Leaving Certificate, 1900
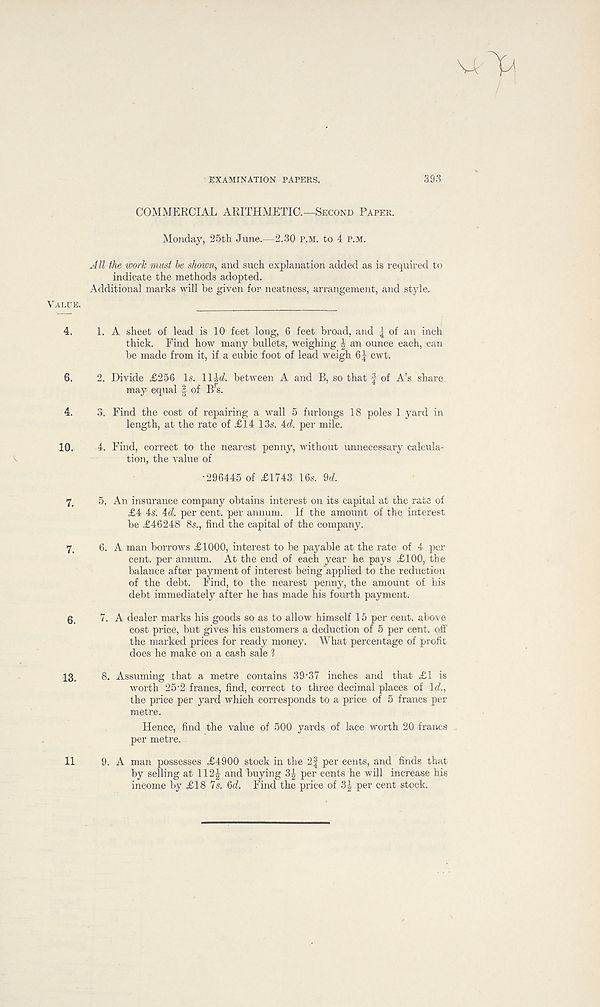
EXAMINATION PAPERS.
39.3
COMMERCIAL ARITHMETIC.—Second Paper.
Monday, 25th June.—2.30 p.m. to 4 P.M.
A ll the work must be shown, and such explanation added as is required to
indicate the methods adopted.
Additional marks will be given for neatness, arrangement, and style.
Value.
4. 1. A sheet of lead is 10 feet long, 6 feet broad, and \ of an inch
thick. Find how many bullets, weighing | an ounce each, can
be made from it, if a cubic foot of lead weigh 6| cwt.
6. 2. Divide £256 Is. 11M between A and B, so that | of A’s share
may equal § of B’s.
4. 3. Find the cost of repairing a wall 5 furlongs 18 poles 1 yard in
length, at the rate of £14 13s. id. per mile.
10. 4. Find, correct to the nearest penny, without unnecessary calcula-
tion, the value of
•296445 of £1743 16s. M.
7 t 5. An insurance company obtains interest on its capital at the rate of
£4 4s. id. per cent, per annum. If the amount of the interest
be £46248 8s., find the capital of the company.
7, 6. A man borrows £1000, interest to be payable at the rate of 4 per-
cent. per annum. At the end of each year he pays £100, the
balance after payment of interest being'applied to the reduction
of the debt. Find, to the nearest penny, the amount of his
debt immediately after he has made his fourth payment.
7. A dealer marks his goods so as to allow himself 15 per cent, above
cost price, but gives his customers a deduction of 5 per cent, off
the marked prices for ready money. What percentage of profit
does he make on a cash sale ?
13, 8. Assuming that a metre contains 39-37 inches and that £1 is
worth 25 - 2 francs, find, correct to three decimal places of \d.,
the price per yard which corresponds to a price of 5 francs per
metre.
Hence, find the value of 500 yards of lace worth 20 francs
per metre.
9. A man possesses £4900 stock in the 2f per cents, and finds that
by selling at 112| and buying 3| per cents he will increase his
income by £18 7s. 6<f. Find the price of 3| per cent stock.
11